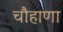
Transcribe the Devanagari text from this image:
चौहाणा